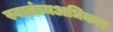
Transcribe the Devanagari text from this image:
स्वातंत्र्यअधिकार